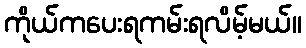
ကိုယ်ကပေးရကမ်းရလိမ့်မယ်။